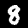
Label: 8